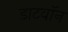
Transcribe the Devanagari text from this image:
डाटवॉन